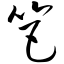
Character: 笆